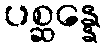
ပစ္ဆန္နေ